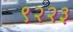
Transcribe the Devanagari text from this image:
९२२३